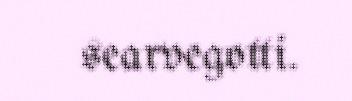
searvegotti.